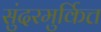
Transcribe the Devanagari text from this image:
सुंदरमुर्कित्त